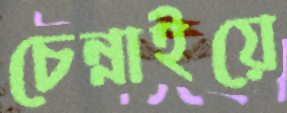
চেন্নাইয়ে